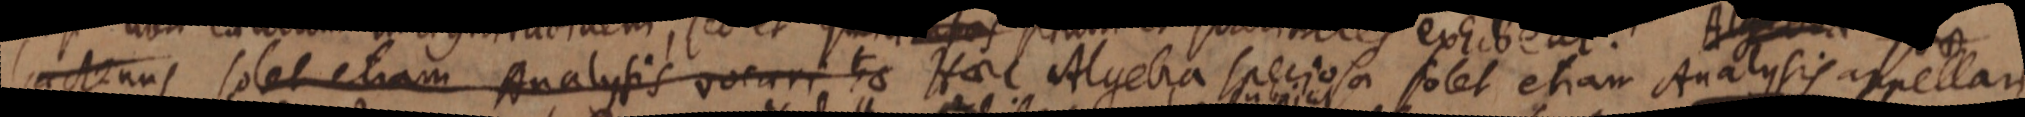
hactenus solet etiam Analysis vocari t_ Haec Algebra speciosa solet etiam Analysis appellari